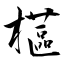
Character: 櫙